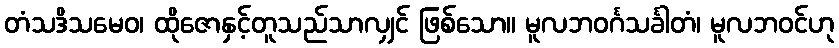
တံသဒိသမေဝ၊ ထိုဇောနှင့်တူသည်သာလျှင် ဖြစ်သော။ မူလဘဝင်္ဂသင်္ခါတံ၊ မူလဘဝင်ဟု